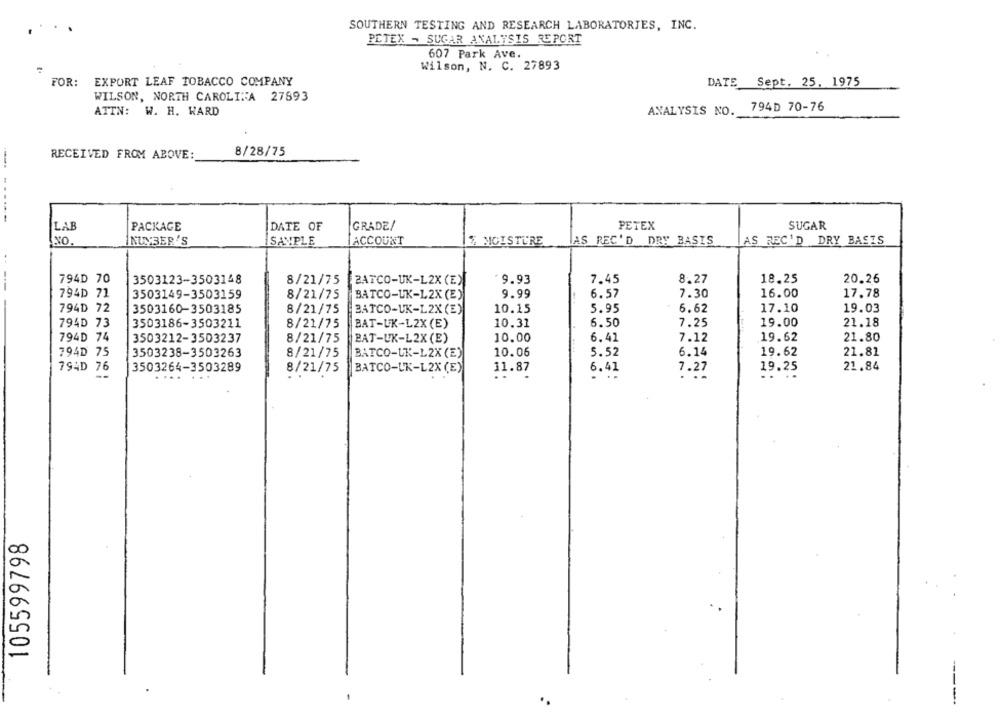
SOUTHERN TESTING AND RESEARCH LABORATORIES, INC.
PETEK - SUGAR ANALYSIS REPORT
607 Park Ave.
Wilson, N. C. 27893
FOR: EXPORT LEAF TOBACCO COMPANY
DATE Sept. 25, 1975
WILSON, NORTH CAROLINA 27893
794D 70-76
ATTN: W. H. WARD
ANALYSIS NO.
RECEIVED FROM ABOVE:
8/28/75
LAB
PACKAGE
DATE OF
GRADE/
PETEX
SUGAR
NO.
NUMBER'S
ISAMPLE
ACCOUNT
$ MOISTURE
AS REC'D DRY BASIS
AS REC'D DRY BASIS
794D 70
3503123-3503148
8/21/75
BATCO-UK-L2X (E)
9.93
7.45
8.27
18.25
20.26
--
794D 71
3503149-3503159
8/21/75
BATCO-UK-L2X (E)
9.99
6.57
7.30
16.00
17.78
794D 72
3503160-3503185
8/21/75
BATCO-UK-L2X (E)
10.15
5.95
6.62
17.10
19.03
794D 73
3503186-3503211
8/21/75
BAT-UK-L2X (E)
10.31
6.50
7.25
19.00
21.18
794D 74
10.00
6.41
7.12
19.62
21.80
3503212-3503237
8/21/75
BAT-UK-L2X(E)
794D 75
3503238-3503263
8/21/75
10.06
5.52
6.14
19.62
21.81
BATCO-UK-L2X (E)
21.84
794D 76
3503264-3503289
8/21/75
BATCO-UK-L2X (E)
11.87
6.41
19.25
7.27
105599798